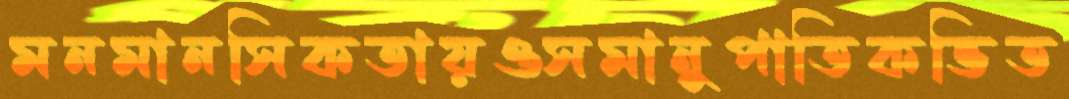
মনমানসিকতায়ওসমানুপাতিকভিত